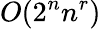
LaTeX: O(2^{n}n^{r})